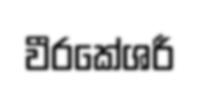
වීරකේශරී